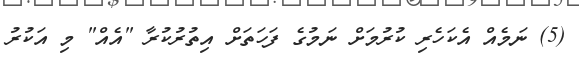
(5) ނަމެއް އެކަހެރި ކުރުމަށް ނަމުގެ ފަހަތަށް އިތުރުކުރާ "އެއް" މި އަކުރު